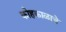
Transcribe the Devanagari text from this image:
कोहकाळाचे